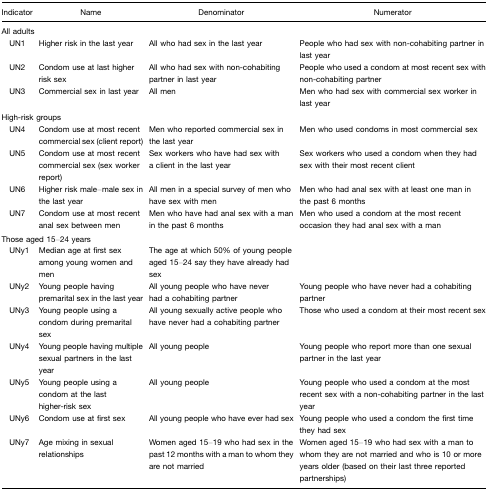
| Indicator | Name | Denominator | Numerator |
 | --- | --- | --- | --- |
 | <COLSPAN=4> All adults |
 | UN1 | Higher risk in the last year | All who had sex in the last year | People who had sex with non-cohabiting partner in last year |
 | UN2 | Condom use at last higher risk sex | All who had sex with non-cohabiting partner in last year | People who used a condom at most recent sex with non-cohabiting partner |
 | UN3 | Commercial sex in last year | All men | Men who had sex with commercial sex worker in last year |
 | <COLSPAN=4> High-risk groups |
 | UN4 | Condom use at most recent commercial sex (client report) | Men who reported commercial sex in the last year | Men who used condoms in most commercial sex |
 | UN5 | Condom use at most recent commercial sex (sex worker report) | Sex workers who have had sex with a client in the last year | Sex workers who used a condom when they had sex with their most recent client |
 | UN6 | Higher risk male–male sex in the last year | All men in a special survey of men who have sex with men | Men who had anal sex with at least one man in the past 6 months |
 | UN7 | Condom use at most recent anal sex between men | Men who have had anal sex with a man in the past 6 months | Men who used a condom at the most recent occasion they had anal sex with a man |
 | <COLSPAN=4> Those aged 15–24 years |
 | UNy1 | Median age at first sex among young women and men | The age at which 50% of young people aged 15–24 say they have already had sex |  |
 | UNy2 | Young people having premarital sex in the last year | All young people who have never had a cohabiting partner | Young people who have never had a cohabiting partner |
 | UNy3 | Young people using a condom during premarital sex | All young sexually active people who have never had a cohabiting partner | Those who used a condom at their most recent sex |
 | UNy4 | Young people having multiple sexual partners in the last year | All young people | Young people who report more than one sexual partner in the last year |
 | UNy5 | Young people using a condom at the last higher-risk sex | All young people | Young people who used a condom at the most recent sex with a non-cohabiting partner in the last year |
 | UNy6 | Condom use at first sex | All young people who have ever had sex | Young people who used a condom the first time they had sex |
 | UNy7 | Age mixing in sexual relationships | Women aged 15–19 who had sex in the past 12 months with a man to whom they are not married | Women aged 15–19 who had sex with a man to whom they are not married and who is 10 or more years older (based on their last three reported partnerships) |